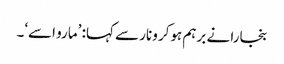
بنجارا نے برہم ہوکر ونار سے کہا: ’مارو اسے‘۔